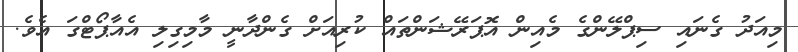
މިއަދު ގެނައި ސިޕްލޭންގެ މެއިން އޮޕަރޭޝަންތައް ކުރިއަށް ގެންދާނީ މާމިގިލި އެއާޕޯޓްގަ އެވެ.